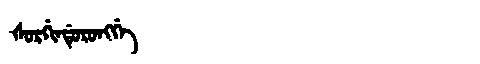
Manchu: ᡧᠣᡵᡤᡳᠨᡩᡠᡵᠣᠩᡤᡝ
Romanization: ŠORGINDURONGGE